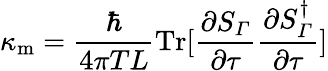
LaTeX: \kappa_{\mathrm{m}}=\frac{\hbar}{4\pi TL}\mathrm{Tr[}\frac{\partial S_{\varGamma}}{\partial\tau}\frac{\partial S_{\varGamma}^{\dagger}}{\partial\tau}]